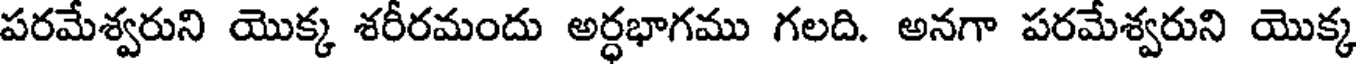
పరమేశ్వరుని యొక్క శరీరమందు అర్ధభాగము గలది. అనగా పరమేశ్వరుని యొక్క